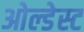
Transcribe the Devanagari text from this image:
ओल्डेस्ट